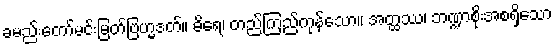
ခမည်းတော်မင်းမြတ်ဗြဟ္မဒတ်။ ဓိရေ၊ တည်ကြည်ကုန်သော။ အတ္ထဿ၊ ဘဏ္ဍာစိုးအစရှိသော